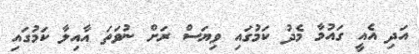
އަދި އެއީ ގައުމާ މެދު ކަމުގައި ވިޔަސް ރަށް ނުވަތަ އާއިލާ ކަމުގައި